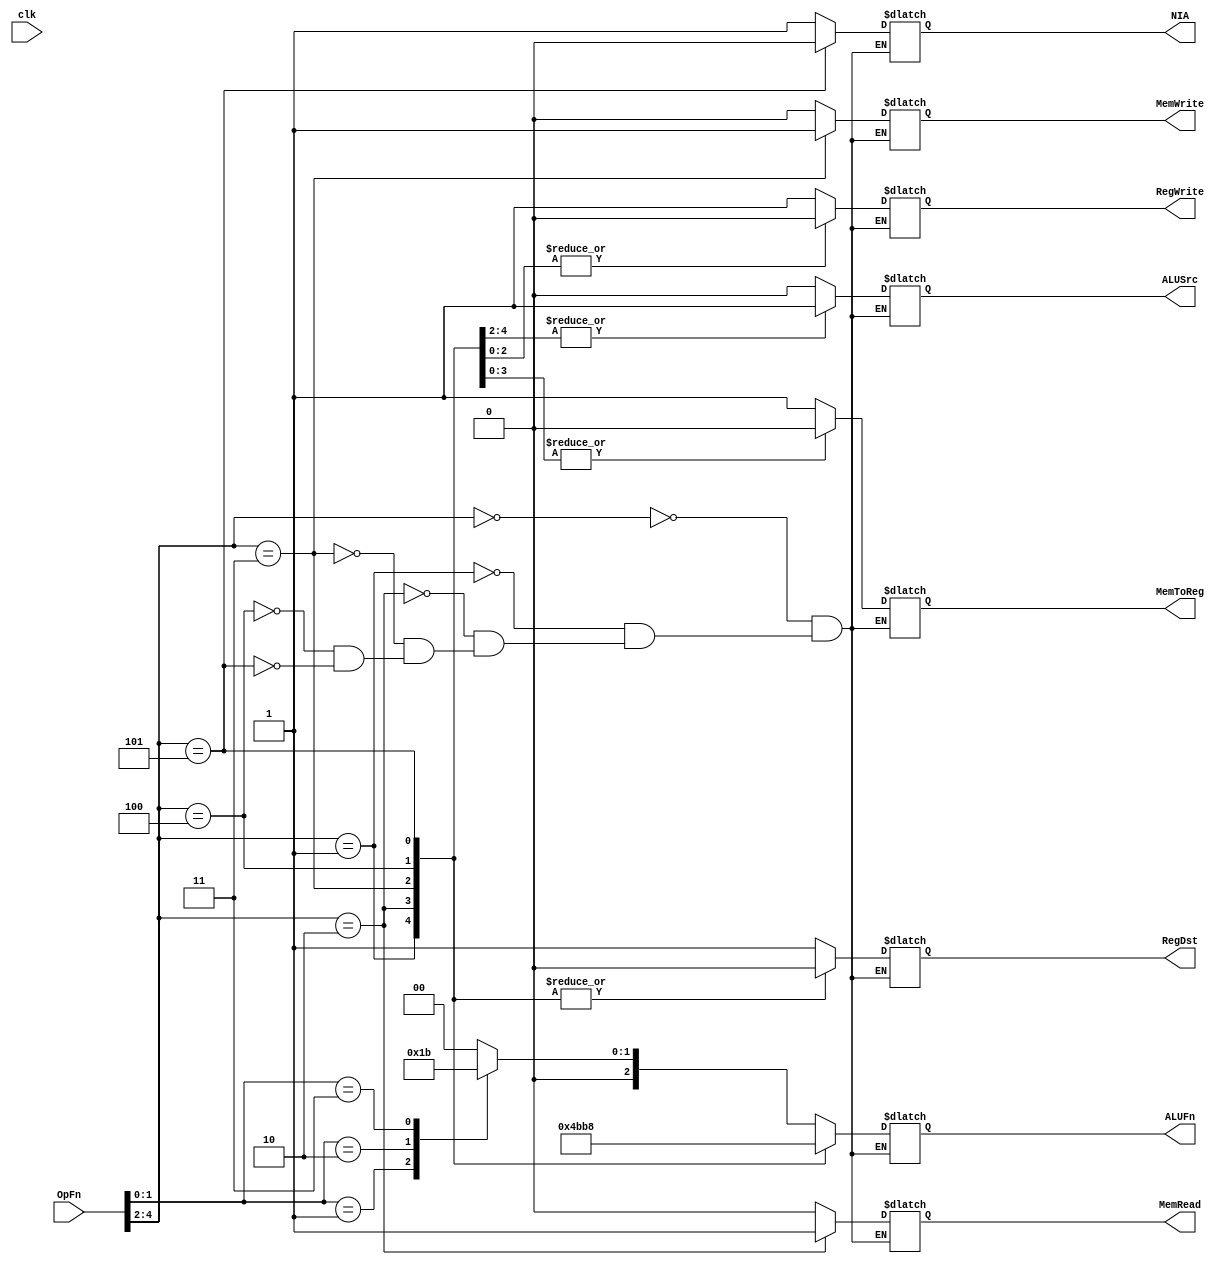
module controlpath(OpFn,clk,NIA,RegDst,RegWrite,ALUSrc,ALUFn,MemWrite,MemRead,MemToReg);
    input clk;
    output reg NIA,RegWrite,ALUSrc,MemWrite,MemRead,MemToReg,RegDst;
    output reg [2:0] ALUFn;
    input [4:0] OpFn;
    always @ ( OpFn)
        case(OpFn[4:2])
            3'b000: begin
                    case(OpFn[1:0])
                        2'b00: begin
                                MemToReg<=1;RegDst <= 1;RegWrite <=1 ;ALUFn <=3'b000 ;
                                MemRead<=0;MemWrite<=0;  ALUSrc <= 0; NIA <=1;                             
                               end
                        2'b01: begin
                                MemToReg<=1;RegDst <= 1;RegWrite <=1 ;ALUFn <=3'b001 ;
                                MemRead<=0;MemWrite<=0;  ALUSrc <= 0; NIA <=1;   
                               end
                        2'b10: begin
                                MemToReg<=1;RegDst <= 1;RegWrite <=1 ;ALUFn <=3'b010 ;
                                MemRead<=0;MemWrite<=0;  ALUSrc <= 0; NIA <=1;  
                               end
                        2'b11: begin
                                MemToReg<=1;RegDst <= 1;RegWrite <=1 ;ALUFn <=3'b011 ;
                                MemRead<=0;MemWrite<=0;  ALUSrc <= 0; NIA <=1; 
                               end
                    endcase
                    end
            3'b001: begin
                    MemToReg<=1;RegDst <= 0;RegWrite <=1 ;ALUFn <=3'b100 ;
                    MemRead<=0;MemWrite<=0;  ALUSrc <= 1; NIA <=1;                                
                    end
            3'b010: begin
                    MemToReg<=0;RegDst <= 0;RegWrite <=1 ;ALUFn <=3'b101 ;
                    MemRead<=1;MemWrite<=0;  ALUSrc <= 1; NIA <=1;                            
                    end
            3'b011: begin
                    MemToReg<=0;RegDst <= 0;RegWrite <=0 ;ALUFn <=3'b110 ;
                    MemRead<=0;MemWrite<=1;  ALUSrc <= 1; NIA <=1;                               
                    end
            3'b100: begin
                    MemToReg<=0;RegDst <= 0;RegWrite <=0 ;ALUFn <=3'b111 ;
                    MemRead<=0;MemWrite<=0;  ALUSrc <= 0; NIA <=1;                               
                    end
            3'b101: begin
                    MemToReg<=0;RegDst <= 0;RegWrite <=0 ;ALUFn <=3'b000 ;
                    MemRead<=0;MemWrite<=0;  ALUSrc <= 0; NIA <=0;                              
                    end
        endcase
endmodule